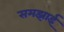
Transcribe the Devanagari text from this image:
समझाईं